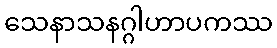
သေနာသနဂ္ဂါဟာပကဿ